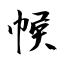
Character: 帿